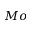
M o